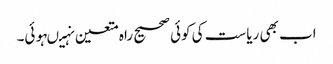
اب بھی ریاست کی کوئی صحیح راہ متعین نہیںہوئی۔